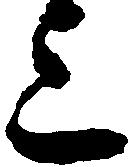
上